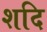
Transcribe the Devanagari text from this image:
शदि